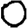
Digit: 0